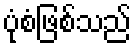
ပုံစံဖြစ်သည်